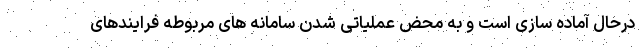
درحال آماده سازی است و به محض عملیاتی شدن سامانه های مربوطه فرایندهای